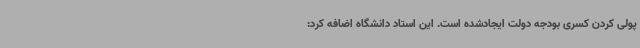
پولی کردن کسری بودجه دولت ایجادشده است. این استاد دانشگاه اضافه کرد: